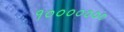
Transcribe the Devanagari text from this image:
१०००००००